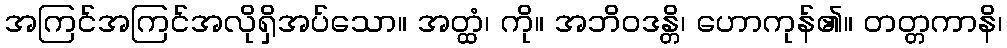
အကြင်အကြင်အလိုရှိအပ်သော။ အတ္ထံ၊ ကို။ အဘိဝဒန္တိ၊ ဟောကုန်၏။ တတ္တကာနိ၊